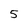
Character: 5